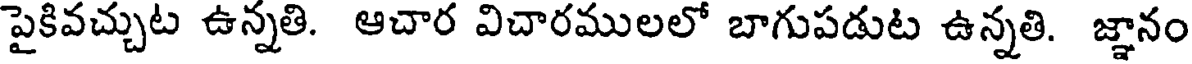
పైకివచ్చుట ఉన్నతి. ఆచార విచారములలో బాగుపడుట ఉన్నతి. జ్ఞానం